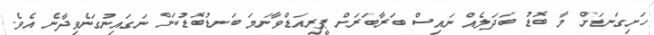
ހަށިގަނޑަށް މާ ބޮޑު ބަދަލެއް ނައިސް ބަރާބަރަށް ޕީރިއަޑްވާނަމަ ބަނޑުބޮޑުކަން ނަގައިނުގަނެވިދާނެ އެވެ.